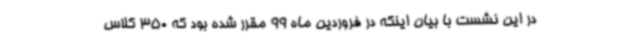
در این نشست با بیان اینکه در فروردین ماه 99 مقرر شده بود که 350 کلاس